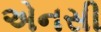
એનસી